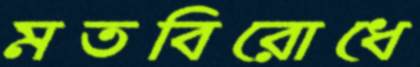
মতবিরোধে